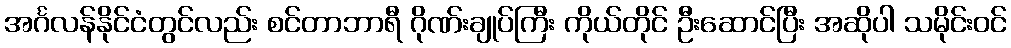
အင်္ဂလန်နိုင်ငံတွင်လည်း စင်တာဘာရီ ဂိုဏ်းချုပ်ကြီး ကိုယ်တိုင် ဦးဆောင်ပြီး အဆိုပါ သမိုင်းဝင်